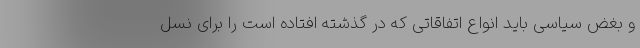
و بغض سیاسی باید انواع اتفاقاتی که در گذشته افتاده است را برای نسل